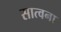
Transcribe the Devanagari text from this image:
सात्वना